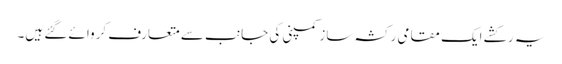
یہ رکشے ایک مقامی رکشہ ساز کمپنی کی جانب سے متعارف کروائے گئے ہیں۔